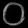
Digit: ၀